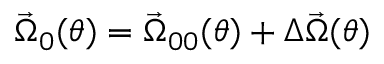
\vec { \Omega } _ { 0 } ( \theta ) = \vec { \Omega } _ { 0 0 } ( \theta ) + \Delta \vec { \Omega } ( \theta )